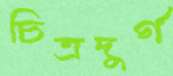
চিত্রদুর্গ